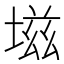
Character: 𰊊